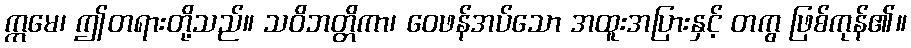
ဣမေ၊ ဤတရားတို့သည်။ သဝိဘတ္တိကာ၊ ဝေဖန်အပ်သော အထူးအပြားနှင့် တကွ ဖြစ်ကုန်၏။